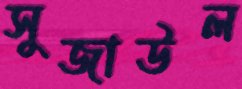
সুজাউল